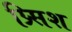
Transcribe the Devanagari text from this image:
प्र्सिश